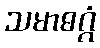
သမာဓဂ္ဂံ